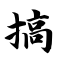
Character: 搞